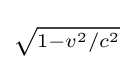
\scriptstyle {\sqrt {1-{v^{2}}/{c^{2}}}}